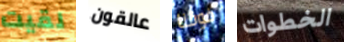
لقيت عالقون فوقنا الخطوات